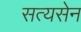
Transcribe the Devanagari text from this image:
सत्यसेन